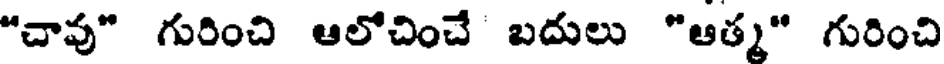
"చావు" గురించి ఆలోచించే బదులు "ఆత్మ" గురించి